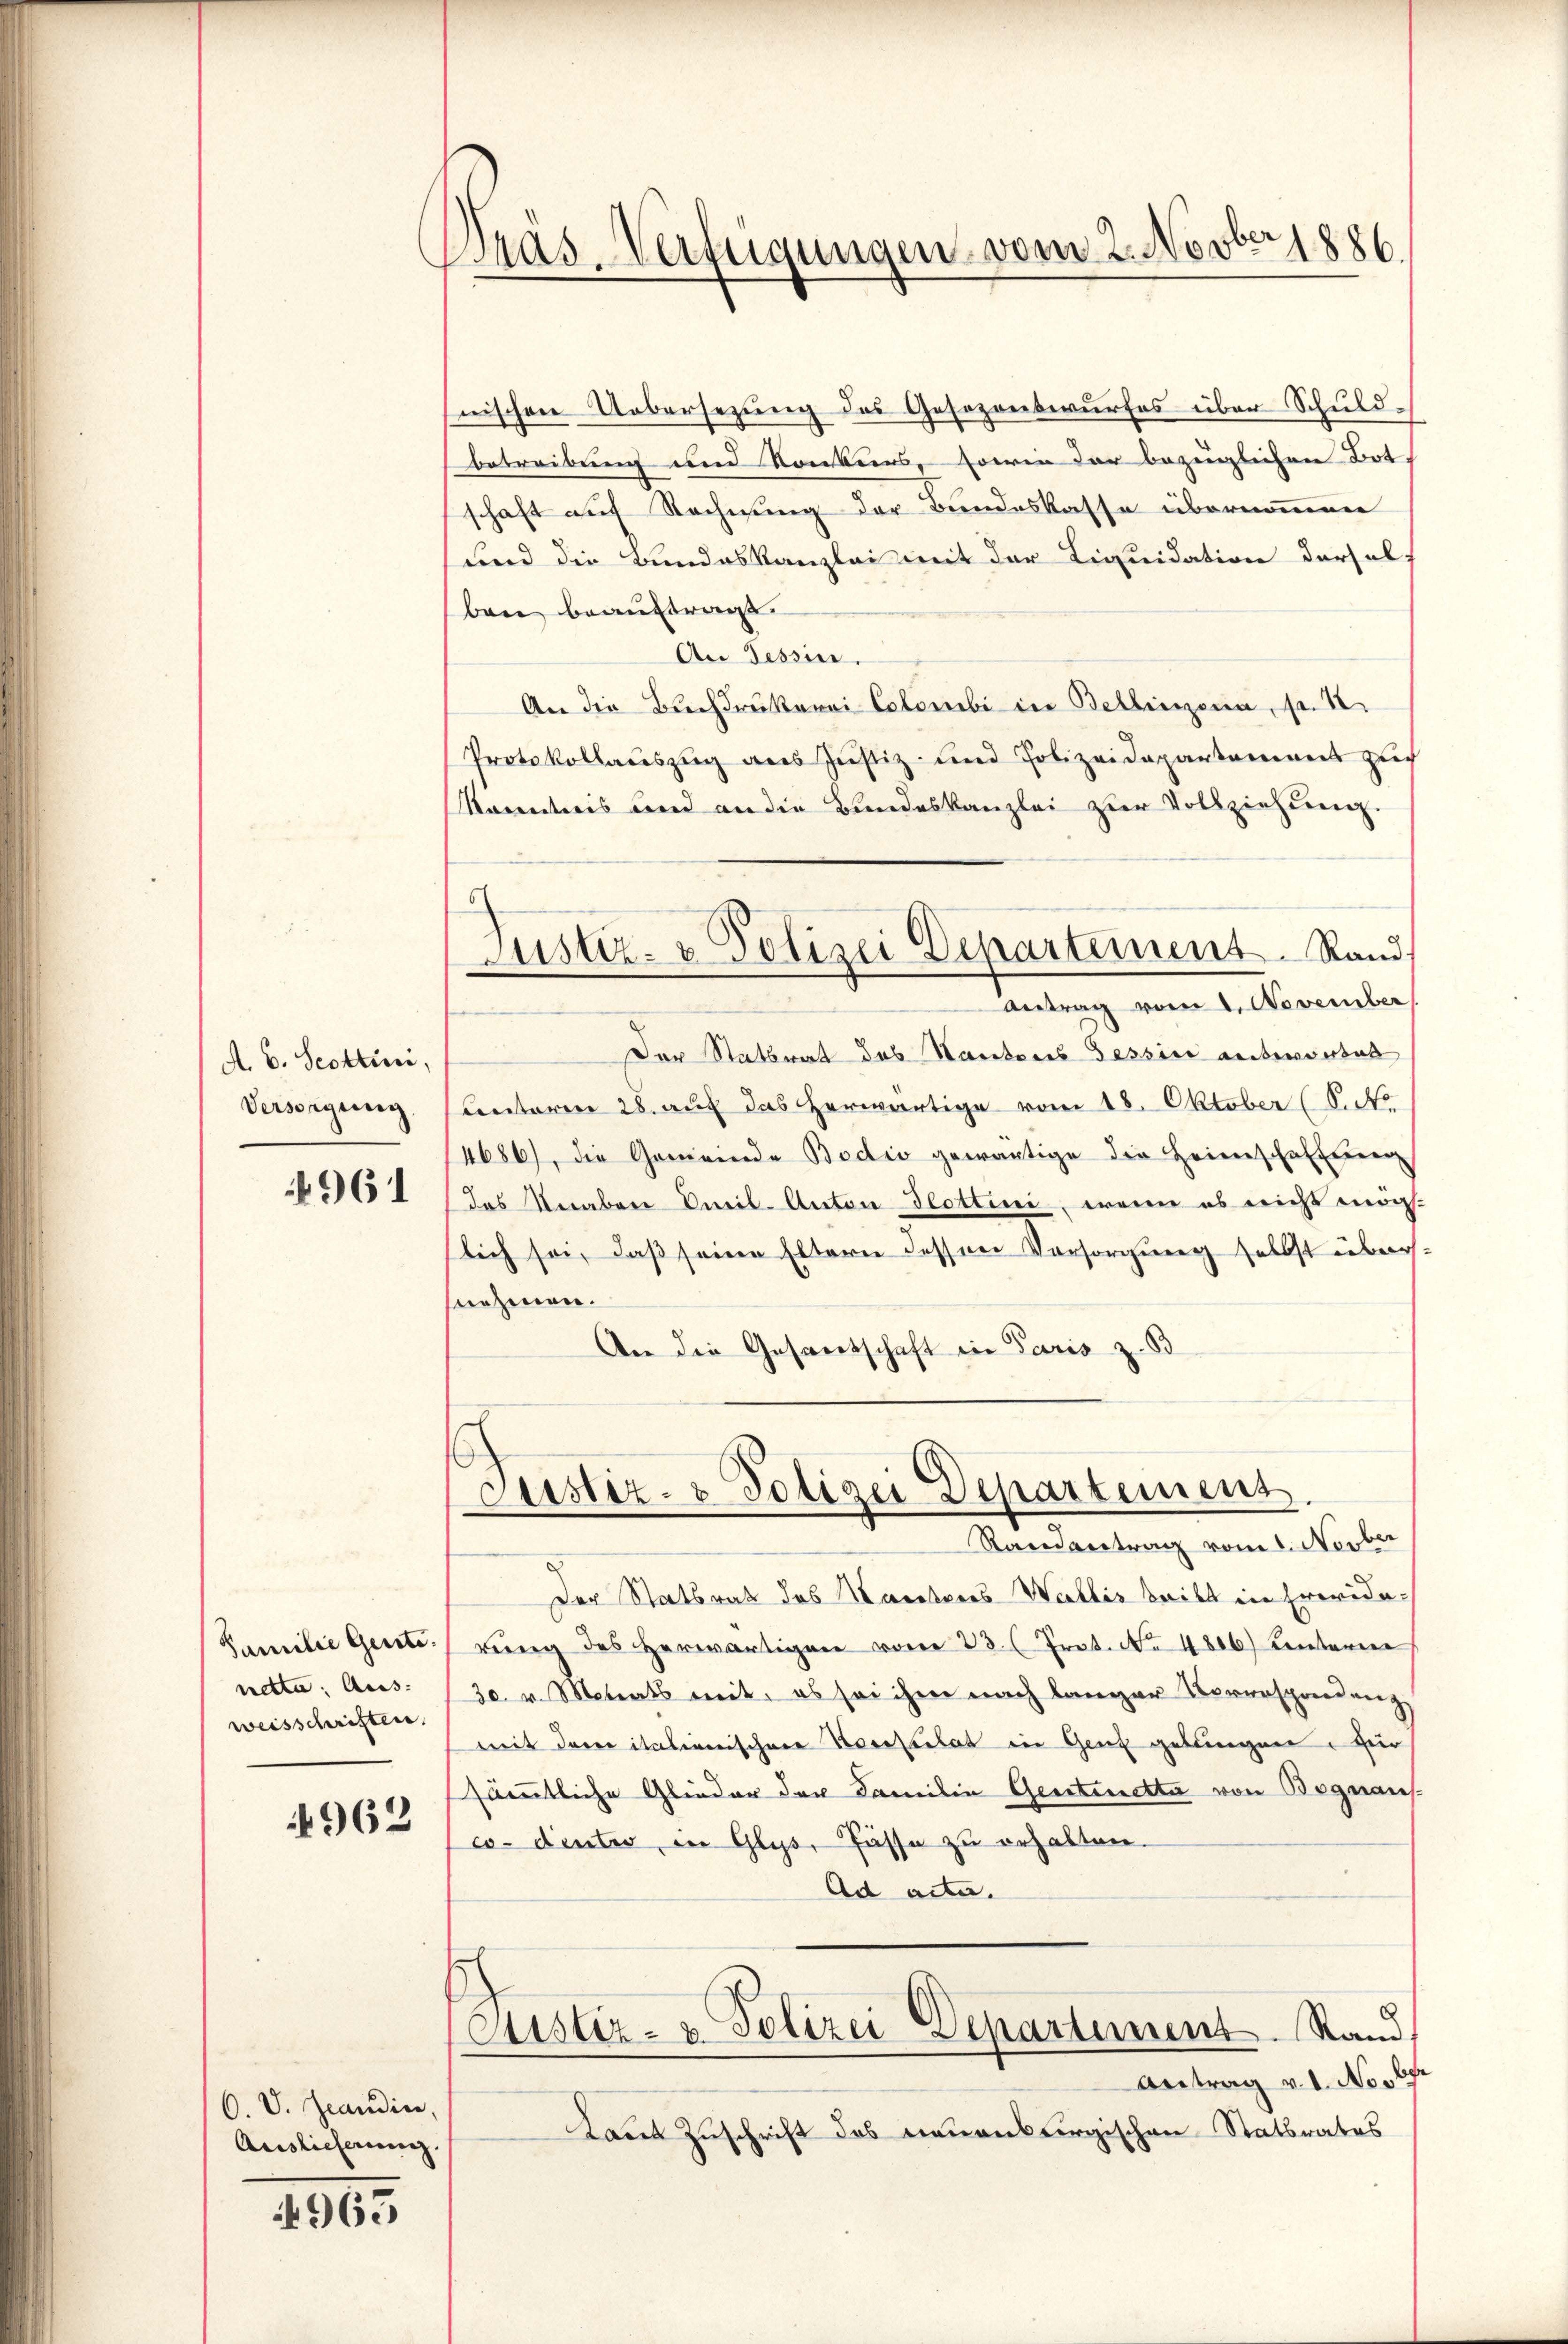
A. B. Scottini,
Versorgung

961

Familie Gente.
nette. Aus- |
weisschriften.

4962

6. V. Grandin,
Auslieferung.

4965

Dräs-Verfügungen vom 2. Novber 1886

nischen Uebersezung des Gesezenswurfes über Schuldbetreibung und Konkurs, sowie der bezüglichen Botschaft auf Rechnung der Bundeskasse übernommenen
Fnd die Bundeskanzlei mit der Liquidation dersel
ben beauftragt.
An Tessin.
An die Buchdrukerei Colombi in Bellinzona, fr. 1
Protokollaŭszŭg ans Justiz- und Polizeidepartanenen auc
kanntnis und an die Bundeskanzlei zur Vollziehung.
Justiz- & Polizei Departement. Rand.
Antrag vom 1. November
Der Statsrat des Kantons Tessin antwortet
Lentoren 28. auf das herwärtige vom 18. Oktober (S. No
4686), die Gemeinde Bodio gewärtige die Heimschaften
das Veraber Kneil-Anton Glottini, wenn es nicht mög-
lich so, daß seine Eltern dessen Vorsorgung selbst über.
snehmen.
An die Gesandtschaft in Paris z. B

Justiz- & Polizei Departemens
Randantrag vom 1. Novber

Der Statsrath das Maceteres Wallis beibt in Frevida-
rŭng des herwärtigen vom 23. (Prot. No 4806) Centarier
30. v. Mariats mit, es sei ihm nach langer Vorersprendenz
mit der italienischen Korrelat in Genf gelungen. Für
sämmtliche Glieder der Familie Gentinetta von Begnaus-
co-dinter in Glys, Füsse zu erhalten.
Ad acta.
Justiz- & Polizei Departement. Stand
Antrag v. 1. Novbr
Laut Zuschrift des neuenburgischen Statsrates